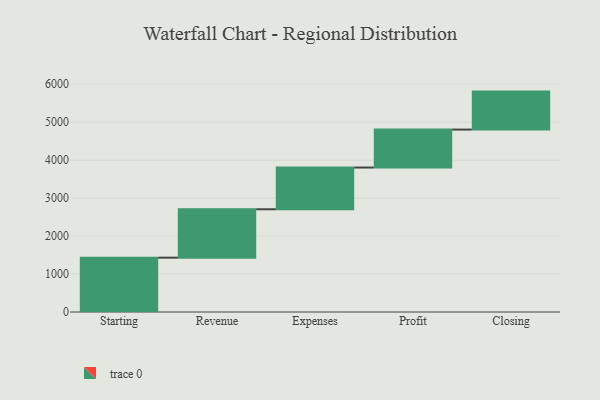
{"axis": {"x": "Step", "y": "Value"}, "legend": [""], "data": [{"x": "Starting", "y": 1431.0, "type": ""}, {"x": "Revenue", "y": 1275.0, "type": ""}, {"x": "Expenses", "y": 1099.0, "type": ""}, {"x": "Profit", "y": 1000, "type": ""}, {"x": "Closing", "y": 1000, "type": ""}]}